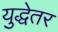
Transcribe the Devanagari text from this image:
युद्धेतर